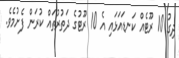
ދިގު 10 ރޫޓެއް ކަނޑައަޅައި އެ 10 ރޫޓުގެ ދަތުރުތައް ކުރަން ފެށުމެވެ.